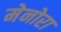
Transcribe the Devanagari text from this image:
मेनोरा